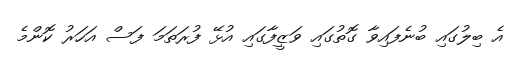
އެ ބިލުގައި ބުނެފައިވާ ގޮތުގައި ވަޒީފާގައި އުޅޭ ފުރަތަމަ ފަސް އަހަރު ކޮންމެ